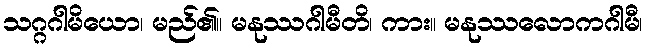
သဂ္ဂဂါမိယော၊ မည်၏။ မနုဿဂါမီတိ၊ ကား။ မနုဿလောကဂါမီ၊